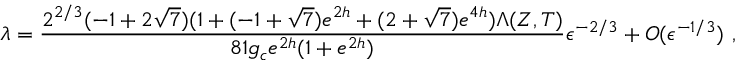
\lambda = { \frac { 2 ^ { 2 / 3 } ( - 1 + 2 \sqrt { 7 } ) ( 1 + ( - 1 + \sqrt { 7 } ) e ^ { 2 h } + ( 2 + \sqrt { 7 } ) e ^ { 4 h } ) \Lambda ( Z , T ) } { 8 1 g _ { c } e ^ { 2 h } ( 1 + e ^ { 2 h } ) } } \epsilon ^ { - 2 / 3 } + { \cal O } ( \epsilon ^ { - 1 / 3 } ) \ ,